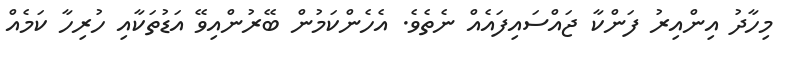
މިހާދު އިންއިރު ފަންކާ ޖައްސައިފައެއް ނެތެވެ. އެހެންކަމުން ބޭރުންއިވޭ އަޑުތަކާއި ހުރިހާ ކަމެއް